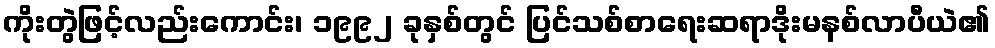
ကိုးတွဲဖြင့်လည်းကောင်း၊ ၁၉၉၂ ခုနှစ်တွင် ပြင်သစ်စာရေးဆရာဒိုးမနစ်လာပီယဲ၏